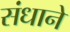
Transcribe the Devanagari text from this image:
संधाने